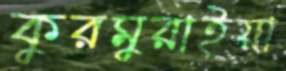
কুরমুরাইয়া